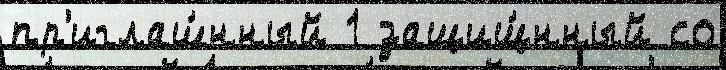
пр'иглаш́нный 1 защищ́нный со